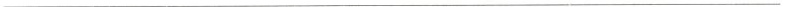
___